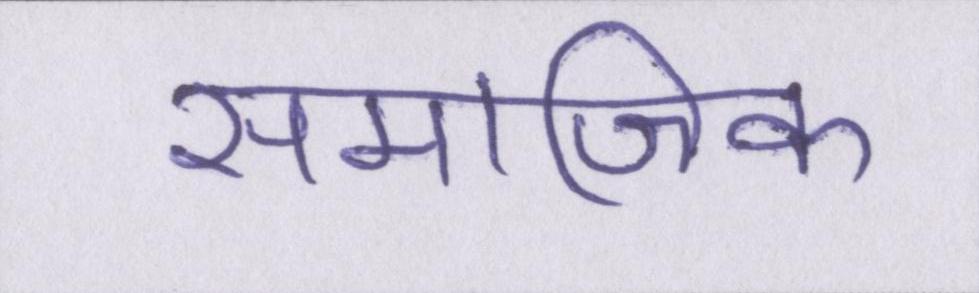
समाजिक